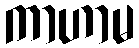
ကာဟာမ